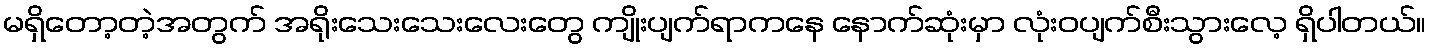
မရှိတော့တဲ့အတွက် အရိုးသေးသေးလေးတွေ ကျိုးပျက်ရာကနေ နောက်ဆုံးမှာ လုံးဝပျက်စီးသွားလေ့ ရှိပါတယ်။